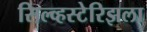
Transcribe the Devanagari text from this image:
सिल्व्हस्टेरिझला